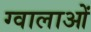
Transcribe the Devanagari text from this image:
ग्वालाओं